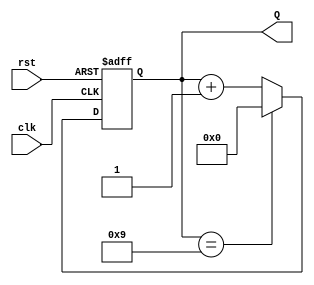
module DecadeCounter (
    input wire clk,       // Clock input
    input wire rst,       // Asynchronous reset input
    output reg [3:0] Q    // 4-bit output for the current count
);

// Always block to handle the counter functionality
always @(posedge clk or posedge rst) begin
    if (rst) begin
        Q <= 4'b0000; // Reset the counter to 0
    end else begin
        if (Q == 4'b1001) begin
            Q <= 4'b0000; // Wrap around when count reaches 10 (1010)
        end else begin
            Q <= Q + 1; // Increment the counter
        end
    end
end

endmodule